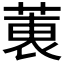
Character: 𫈶